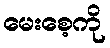
မေးစေ့ကို